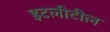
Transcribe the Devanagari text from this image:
इटलीटील